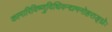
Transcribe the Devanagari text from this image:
कामारिविष्णुविधिवन्द्यमनोहराङ्घ्रेः